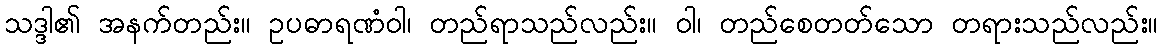
သဒ္ဒါ၏ အနက်တည်း။ ဥပဓာရဏံဝါ၊ တည်ရာသည်လည်း။ ဝါ၊ တည်စေတတ်သော တရားသည်လည်း။